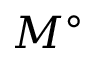
M ^ { \circ }